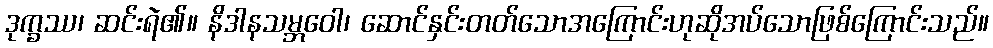
ဒုက္ခဿ၊ ဆင်းရဲ၏။ နိဒါနသမ္ဘဝေါ၊ ဆောင်နှင်းတတ်သောအကြောင်းဟုဆိုအပ်သောဖြစ်ကြောင်းသည်။